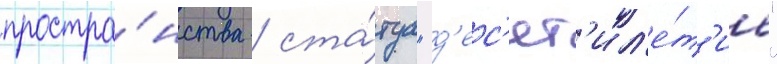
простра́нства / ста́туа "д'ес'ят'ил'е́т'ие"